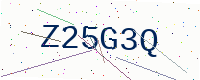
Text: Z25G3Q